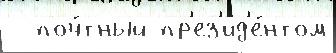
  поч́тный пр'ез'ид'е́нтом